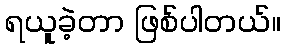
ရယူခဲ့တာ ဖြစ်ပါတယ်။